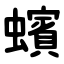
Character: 蠙